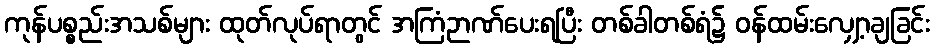
ကုန်ပစ္စည်းအသစ်များ ထုတ်လုပ်ရာတွင် အကြံဉာဏ်ပေးရပြီး တစ်ခါတစ်ရံ၌ ဝန်ထမ်းလျှော့ချခြင်း